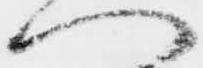
へ